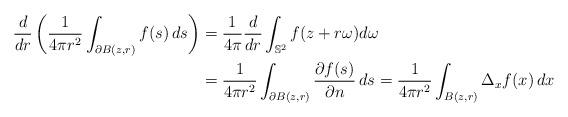
LaTeX: \begin{align*} \frac{d}{dr}\left(\frac{1}{4\pi r^2}\int_{\partial B(z,r)}f(s)\, ds\right)&=\frac{1}{4\pi}\frac{d}{dr}\int_{\mathbb{S}^2}f(z+r\omega)d\omega\\ &=\frac{1}{4\pi r^2}\int_{\partial B(z,r)}\frac{\partial f(s)}{\partial n}\,ds=\frac{1}{4\pi r^2}\int_{B(z,r)}\Delta_x f(x)\,dx\end{align*}